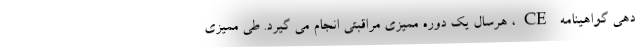
دهي گواهينامه CE، هرسال يك دوره مميزي مراقبتي انجام مي گيرد. طي مميزي